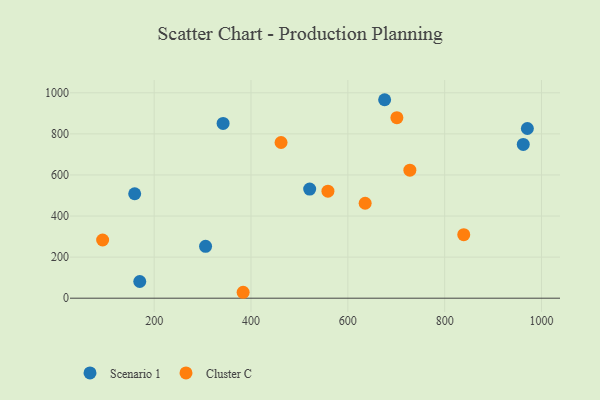
{"axis": {"x": "Study Hours", "y": "Fuel Efficiency"}, "legend": ["Cluster C", "Scenario 1"], "data": [{"x": "970.8", "y": 826.1, "type": "Scenario 1"}, {"x": "521.2", "y": 531.2, "type": "Scenario 1"}, {"x": "306.2", "y": 252.7, "type": "Scenario 1"}, {"x": "170.3", "y": 81.3, "type": "Scenario 1"}, {"x": "962.3", "y": 748.9, "type": "Scenario 1"}, {"x": "159.8", "y": 508.6, "type": "Scenario 1"}, {"x": "342.4", "y": 850.8, "type": "Scenario 1"}, {"x": "676.0", "y": 966.3, "type": "Scenario 1"}, {"x": "635.8", "y": 462.3, "type": "Cluster C"}, {"x": "383.8", "y": 28.8, "type": "Cluster C"}, {"x": "558.9", "y": 521.0, "type": "Cluster C"}, {"x": "462.1", "y": 758.1, "type": "Cluster C"}, {"x": "701.3", "y": 878.8, "type": "Cluster C"}, {"x": "93.6", "y": 283.3, "type": "Cluster C"}, {"x": "839.4", "y": 309.3, "type": "Cluster C"}, {"x": "728.1", "y": 623.4, "type": "Cluster C"}]}